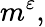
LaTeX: m^{\varepsilon},